Insane asylums in Bengal annual reports 1876-1887 - 1876-1887
Year: 1876
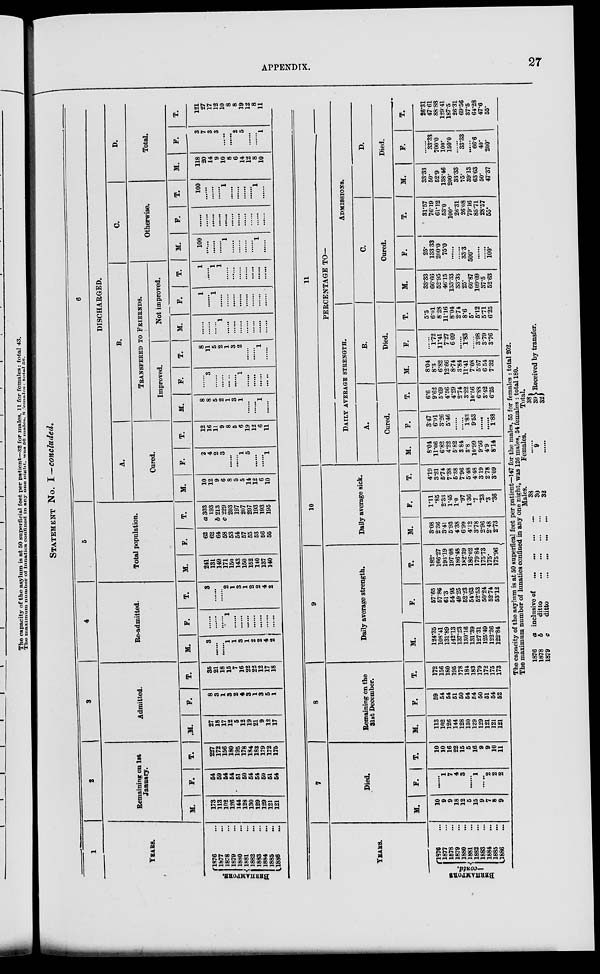
APPENDIX.
27
STATEMENT NO. I— concluded.
1
YEARS.
BERHAMPORE.
1876 ...
1877 ...
1878 ...
1879 ...
1880 ...
1881 ...
1882 ...
1883 ...
1884 ...
1885 ...
1886 ...
2
Remaining on 1st
January.
M.
173
113
102
126
144
128
130
129
129
121
121
F.
54
59
54
54
51
50
54
54
50
51
54
T.
227
172
156
180
195
178
184
183
179
172
175
3
Admitted.
.M.
27
18
17
12
5
12
19
21
9
12
17
F.
8
3
1
3
2
4
3
1
3
5
1
T.
35
21
18
15
7
16
22
22
12
17
18
4
Re-admitted.
M.
3
......
......
1
1
3
1
2
2
4
2
F.
......
......
......
1
......
......
......
......
......
......
......
T.
3
......
......
2
1
3
1
2
2
4
2
5
Total population.
M.
241
131
149
171
150
143
150
152
140
137
140
F.
62
62
64
58
53
54
57
55
53
56
55
T.
a 303
193
b 213
c 229
203
197
207
207
193
193
195
6
DISCHARGED.
A.
Cared.
M.
10
12
9
6
8
5
5
14
12
6
10
F.
2
4
2
3
......
......
1
5
......
......
1
T.
12
16
11
9
8
5
6
19
12
6
11
B.
TRANSFERED TO FRIERNDS.
Improved.
M.
8
8
5
2
1
3
1
......
......
1
......
F.
......
3
......
......
......
......
1
......
......
......
......
T.
8
11
5
2
1
3
2
......
......
1
......
Not improved.
M.
......
......
......
1
......
......
......
......
......
......
......
F.
1
......
1
......
......
......
......
......
......
......
......
T.
1
......
1
1
......
......
......
......
......
......
......
C.
Otherwise.
M.
100
......
......
......
1
......
......
......
......
1
......
F.
......
......
......
......
......
......
......
......
......
......
......
T.
100
......
......
......
1
......
......
......
......
1
......
D.
Total.
M.
118
20
14
9
10
8
6
14
12
8
10
F.
3
7
3
3
......
......
2
6
......
......
1
T.
121
27
17
12
10
8
8
19
12
8
11
YEARS.
—contd.
1976 ...
1877 ...
1878 ...
1879 ...
1880 ...
1881 ...
1882 ...
1883 ...
1884 ...
1885 ...
1886 ...
7
Died.
M.
10
9
9
18
12
5
15
9
7
8
9
F.
......
1
7
4
3
......
1
......
2
2
2
T.
10
10
16
22
15
5
16
9
9
10
11
8
Remaining on the
31st December.
M.
113
102
126
144
128
130
129
129
121
121
121
F.
59
54
54
51
50
54
54
50
51
54
52
T.
172
156
180
195
178
184
183
179
172
175
173
9
Daily average strength.
M.
124.35
108.41
131.89
142.13
137.23
130.16
131.39
127 31
125.49
122.26
122.84
F.
57.65
57.86
61.3
64 95
49.25
52.23
54.63
52.53
50.24
52.74
53.12
T.
182.
166.27
193.19
197.08
186.48
182.39
186.02
179.84
175.73
175.
175.96
10
Daily average sick.
M.
3.08
2.36
3.41
5.93
4.38
6.99
4.12
3.78
2.96
2.48
2.73
F.
1.11
.85
2.33
1.45
10
.97
1.36
.7
.23
.3
.36
T.
4.19
3.21
5.74
7.38
5.88
7.96
5.48
4.48
3.19
2.78
3.09
11
PERCENTAGE TO—
DAILY AVERAGE STRENGTH.
A.
Cured.
M.
8.04
11.06
6.82
4.22
5.82
3.84
3.8
10.99
9.56
4.9
8.14
F.
3.47
6.91
3.26
5.46
......
......
1.83
9.63
......
......
1.88
T.
6.6
9.62
5.69
4.56
4.29
2.74
3.22
10.56
6.88
3.42
6.25
B.
Died.
M.
8.04
8.3
6.82
12.66
8.74
3.84
11.41
7.08
5.57
6 54
7.32
F.
......
1.72
11.41
7.27
6.09
......
1.83
......
3.98
3.79
3.76
T.
5.5
6.01
8.28
11.16
8.04
2.74
8.6
5.
5.12
5.71
6.25
ADMISSIONS.
C.
Cured.
M.
33.33
66.66
52.95
46.15
133.33
33.33
25.
60.87
109.09
37.5
52.63
F.
25.
133. 33
200.0
75.0
......
......
33.3
500.
......
......
100.
T.
31.57
76.19
61.12
53.0
100.
26.31
26.08
79.16
85.71
28.57
55.
D.
Died.
M.
33.33
50.
52.9
138.46
200.
33.33
75.
89.13
63.63
50.
47.37
F.
......
33.33
700.0
100.
150.0
......
33.33
......
66.6
40.
200.
T.
26.31
47.61
88.88
129.41
187.5
26.31
69.56
37.5
64.28
47.6
55.
The capacity of the asylum is at 50 superfical feet per patient—147 for the males, 55 for females : total 202.
The maximum number of lunatics confined in any one night, was 126 males, 54 females : total 180.
1876
1878
1879
a
b
c
inclusive of
...
...
...
...
ditto
...
...
...
...
ditto
...
...
...
...
Males.
38
30
32
Females.
......
9
......
Total.
38
39 Received by transfer.
32